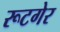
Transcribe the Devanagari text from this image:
रूटगेर